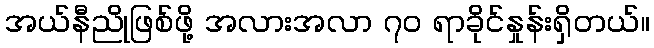
အယ်နီညိုဖြစ်ဖို့ အလားအလာ ၇ဝ ရာခိုင်နှုန်းရှိတယ်။